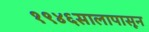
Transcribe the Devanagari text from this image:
१९४६सालापासून